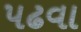
પઢવા